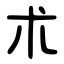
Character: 朮